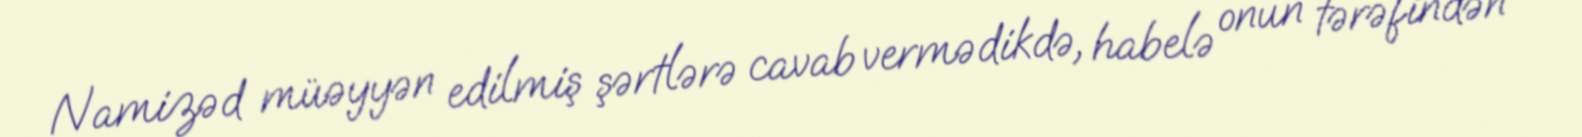
Namizəd müəyyən edilmiş şərtlərə cavab vermədikdə, habelə onun tərəfindən